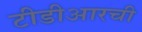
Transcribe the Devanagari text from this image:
टीडीआरची